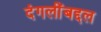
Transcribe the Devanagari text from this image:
दंगलींबद्दल